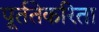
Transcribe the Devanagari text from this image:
पूर्ततेकरिता